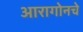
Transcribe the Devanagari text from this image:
आरागोनचे